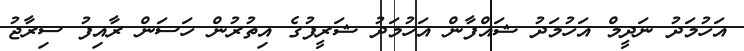
އަހުމަދު ނަދީމް އަހުމަދު ޝައްފާން އަހުމަދު ޝަރީފުގެ އިތުރުން ހަސަން ރާއިފު ސިރާޖު